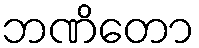
ဘဏိတော